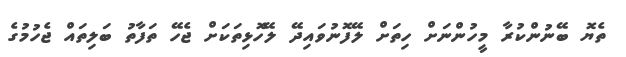
ތެޔޮ ބޭނުންކުރާ މީހުންނަށް ހިތަށް ލޭފޮނުވައިދޭ ލޭހޮޅިތަކަށް ޖެހޭ ތަފާތު ބަލިތައް ޖެހުމުގެ